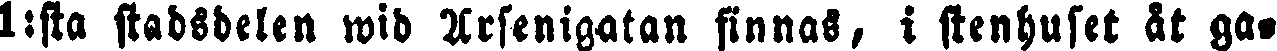
I:sta stadsdelen wid Arsenigatan finnas, i stenhuset åt ga-